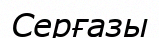
Серғазы